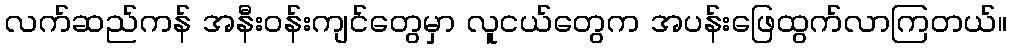
လက်ဆည်ကန် အနီးဝန်းကျင်တွေမှာ လူငယ်တွေက အပန်းဖြေထွက်လာကြတယ်။